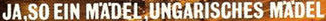
JA,SO EIN M'A'DEL,UNGARISCHES M'A'DEL